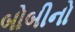
બોબીનો